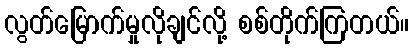
လွတ်မြောက်မှုလိုချင်လို့ စစ်တိုက်ကြတယ်။